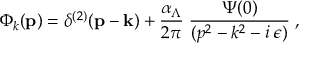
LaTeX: \Phi _ { k } ( { \bf p } ) = \delta ^ { ( 2 ) } ( { \bf p } - { \bf k } ) + \frac { \alpha _ { \Lambda } } { 2 \pi } \; \frac { \Psi ( 0 ) } { ( p ^ { 2 } - k ^ { 2 } - i \; \epsilon ) } \; ,